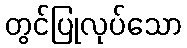
တွင်ပြုလုပ်သော